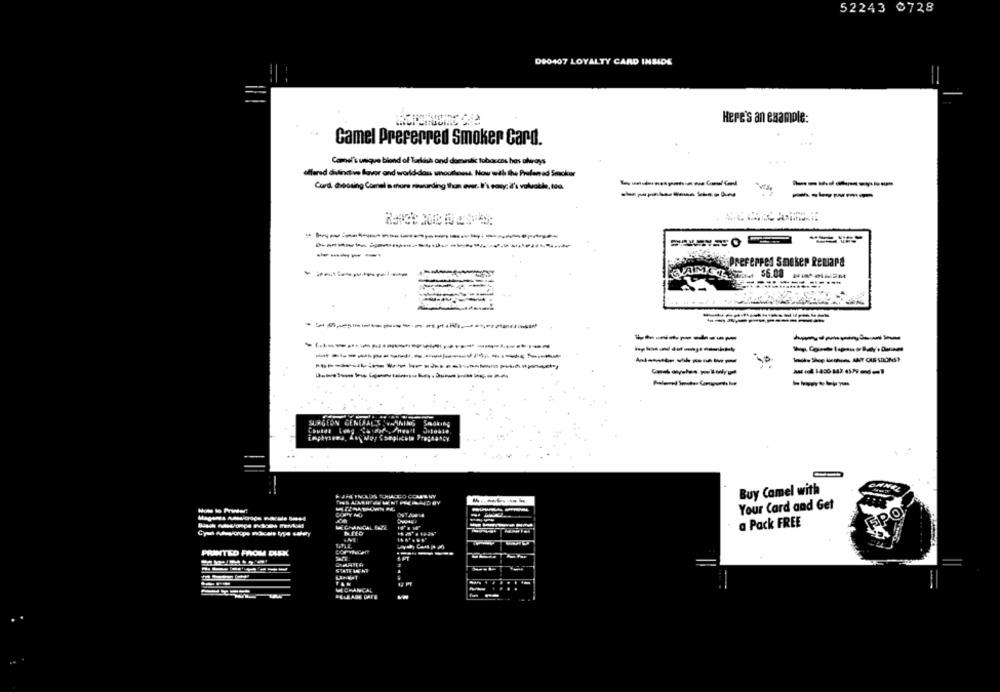
52243 0728
D90407 LOYALTY CARD INSIDE
Here's an example:
Camel Preferred Smoker Card.
Camel's unique blend of Turkish and domestic tobaccos has always
offered dilintw favor and world -dass southwest. Now with the Profamad Smoker
Cord crossing Carnel a more rewarding than ever. It's easy; il's valuable, toa
-------
--------
------
------------
-----
-----
Sis Preferred Smoker Retard
-----
-
----------
----
----------
--- ANY QUESTIONS?
------------
-----
SURGEON GENERALS ANIN
Smoking
mphysres. Anyway Complicate Pregnancy
Buy Camel with
Your Card and Get
EPO
W. GRANCAL BADE
a Pack FREE
PRINTED FROM DUSK
BALEADE CATE